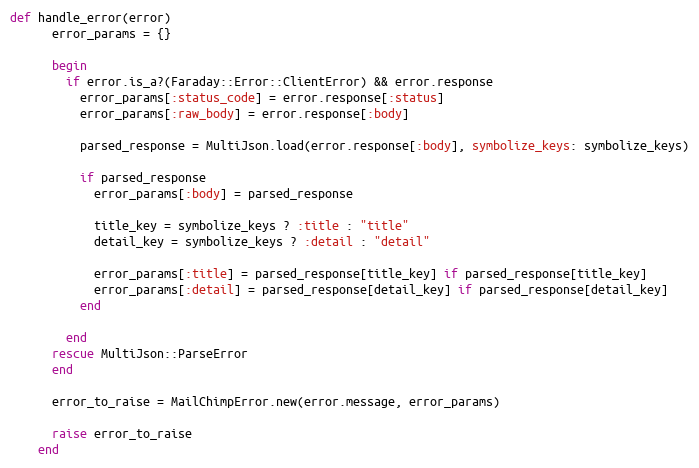
Language: Ruby
def handle_error(error)
      error_params = {}

      begin
        if error.is_a?(Faraday::Error::ClientError) && error.response
          error_params[:status_code] = error.response[:status]
          error_params[:raw_body] = error.response[:body]

          parsed_response = MultiJson.load(error.response[:body], symbolize_keys: symbolize_keys)

          if parsed_response
            error_params[:body] = parsed_response

            title_key = symbolize_keys ? :title : "title"
            detail_key = symbolize_keys ? :detail : "detail"

            error_params[:title] = parsed_response[title_key] if parsed_response[title_key]
            error_params[:detail] = parsed_response[detail_key] if parsed_response[detail_key]
          end

        end
      rescue MultiJson::ParseError
      end

      error_to_raise = MailChimpError.new(error.message, error_params)

      raise error_to_raise
    end